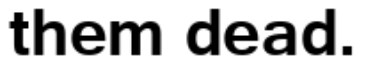
them dead.